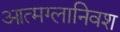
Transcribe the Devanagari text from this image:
आत्मग्लानिवश